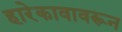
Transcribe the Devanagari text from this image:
हारेकावावरून